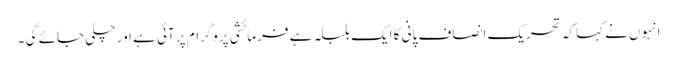
انہوں نے کہا کہ تحریک انصاف پانی کا ایک بلبلہ ہے فرمائشی پروگرام پر آئی ہے اور چلی جائے گی ۔